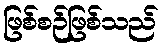
ဖြစ်စဉ်ဖြစ်သည်